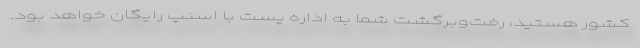
کشور هستید، رفت‌وبرگشت شما به اداره پست با اسنپ رایگان خواهد بود.